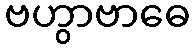
ဗဟွာဗာဓေ